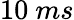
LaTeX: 10\ ms